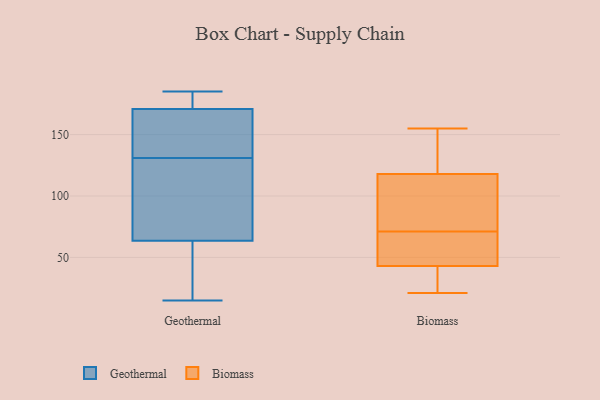
{"axis": {"x": "Population (Million)", "y": "Value"}, "legend": ["Biomass", "Geothermal"], "data": [{"x": "", "y": 159, "type": "Geothermal"}, {"x": "", "y": 62, "type": "Geothermal"}, {"x": "", "y": 50, "type": "Geothermal"}, {"x": "", "y": 185, "type": "Geothermal"}, {"x": "", "y": 101, "type": "Geothermal"}, {"x": "", "y": 169, "type": "Geothermal"}, {"x": "", "y": 143, "type": "Geothermal"}, {"x": "", "y": 131, "type": "Geothermal"}, {"x": "", "y": 103, "type": "Geothermal"}, {"x": "", "y": 105, "type": "Geothermal"}, {"x": "", "y": 179, "type": "Geothermal"}, {"x": "", "y": 27, "type": "Geothermal"}, {"x": "", "y": 180, "type": "Geothermal"}, {"x": "", "y": 151, "type": "Geothermal"}, {"x": "", "y": 64, "type": "Geothermal"}, {"x": "", "y": 176, "type": "Geothermal"}, {"x": "", "y": 15, "type": "Geothermal"}, {"x": "", "y": 82, "type": "Biomass"}, {"x": "", "y": 149, "type": "Biomass"}, {"x": "", "y": 43, "type": "Biomass"}, {"x": "", "y": 61, "type": "Biomass"}, {"x": "", "y": 155, "type": "Biomass"}, {"x": "", "y": 150, "type": "Biomass"}, {"x": "", "y": 109, "type": "Biomass"}, {"x": "", "y": 21, "type": "Biomass"}, {"x": "", "y": 27, "type": "Biomass"}, {"x": "", "y": 118, "type": "Biomass"}, {"x": "", "y": 69, "type": "Biomass"}, {"x": "", "y": 143, "type": "Biomass"}, {"x": "", "y": 34, "type": "Biomass"}, {"x": "", "y": 79, "type": "Biomass"}, {"x": "", "y": 71, "type": "Biomass"}, {"x": "", "y": 48, "type": "Biomass"}, {"x": "", "y": 71, "type": "Biomass"}, {"x": "", "y": 28, "type": "Biomass"}]}